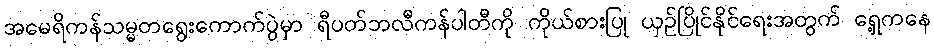
အမေရိကန်သမ္မတရွေးကောက်ပွဲမှာ ရီပတ်ဘလီကန်ပါတီကို ကိုယ်စားပြု ယှဉ်ပြိုင်နိုင်ရေးအတွက် ရှေ့ကနေ